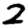
Digit: 2